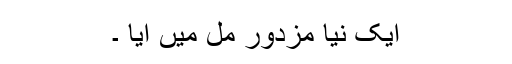
ایک نیا مزدور مل میں آیا ۔